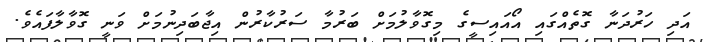
އަދި ހަރުދަނާ ގޮތެއްގައި އޯއައިސީގެ މިގޮވާލުމަށް ބަރުމާ ސަރުކާރުން އިޖާބަދިނުމަށް ވަނީ ގޮވާލާފައެވެ.